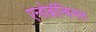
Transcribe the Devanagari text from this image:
एन्डोब्रॉन्कियल